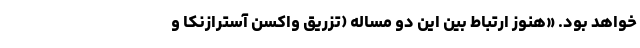
خواهد بود. «هنوز ارتباط بین این دو مساله (تزریق واکسن آسترازنکا و